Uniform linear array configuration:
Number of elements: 4
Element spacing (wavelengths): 0.5
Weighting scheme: cosine
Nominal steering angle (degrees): -60
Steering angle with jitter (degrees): -60.2
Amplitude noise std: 0.05
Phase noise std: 0.05

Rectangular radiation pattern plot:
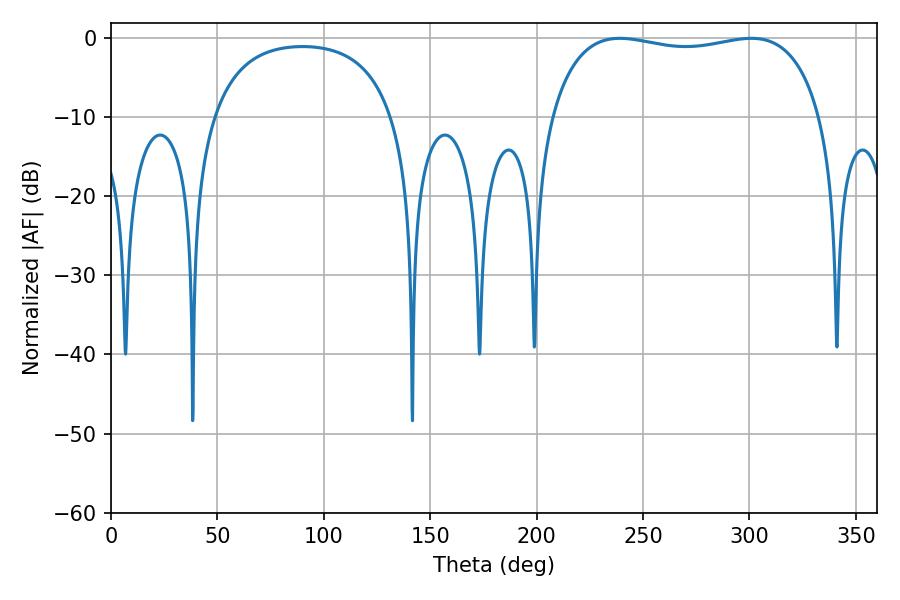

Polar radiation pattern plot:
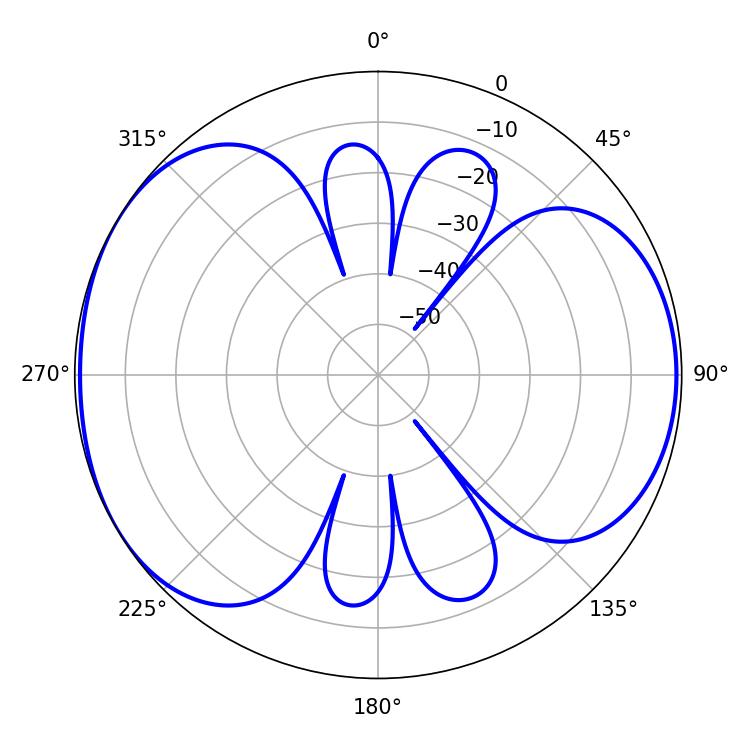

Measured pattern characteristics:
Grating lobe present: FALSE
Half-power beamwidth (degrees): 102.96
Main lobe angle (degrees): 300.96